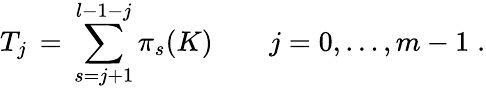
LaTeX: T_{j}\, =\, \sum_{s=j+1}^{l-1-j}\pi_{s}(K)\qquad j=0,\ldots,m-1\; .